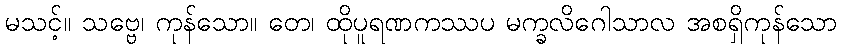
မသင့်။ သဗ္ဗေ၊ ကုန်သော။ တေ၊ ထိုပူရဏကဿပ မက္ခလိဂေါသာလ အစရှိကုန်သော